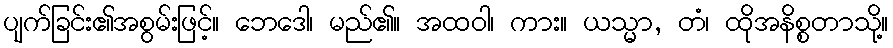
ပျက်ခြင်း၏အစွမ်းဖြင့်။ ဘေဒေါ၊ မည်၏။ အထဝါ၊ ကား။ ယသ္မာ, တံ၊ ထိုအနိစ္စတာသို့။